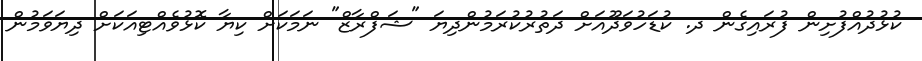
ކުޅުދުއްފުށިން ފުރައިގެން ދ. ކުޑަހުވަދޫއަށް ދަތުރުކުރަމުންދިޔަ "ޝަފްރާޒް" ނަމަކަށް ކިޔާ ކޮޅުވެއްޓިއަކަށް ދިޔަވަމުން